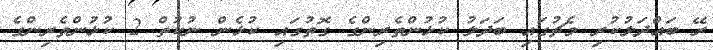
ރޭ ބައްދަލުކުރި މެޗުގައި ބަދަލު ކުޅުންތެރިންގެ ގޮތުގައި ކުޅެން ނުކުތް 2 ކުޅުންތެރިންގެ